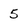
Character: 5